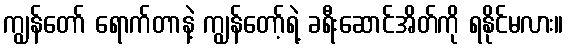
ကျွန်တော် ရောက်တာနဲ့ ကျွန်တော့်ရဲ့ ခရီးဆောင်အိတ်ကို ရနိုင်မလား။